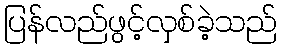
ပြန်လည်ဖွင့်လှစ်ခဲ့သည်